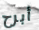
أبرح